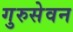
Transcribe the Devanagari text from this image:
गुरुसेवन